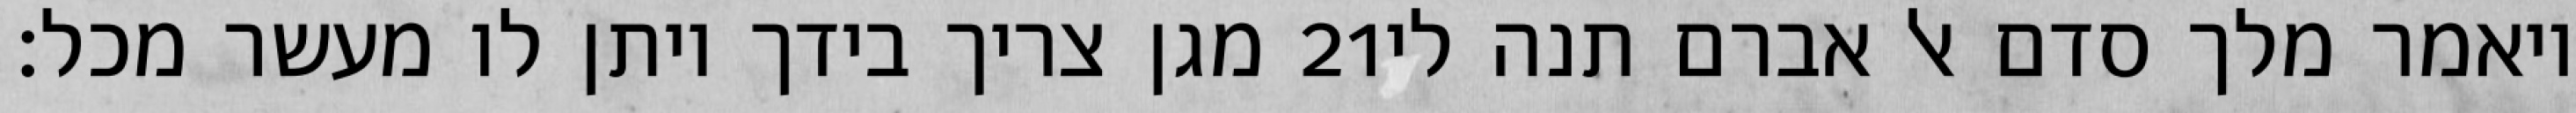
מגן צריך בידך ויתן לו מעשר מכל׃ ‎21‏ ויאמר מלך סדם אל אברם תנה לי